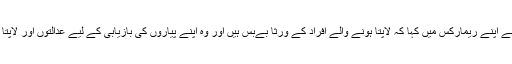
ا س موقع پر بینچ کے سربراہ جسٹس افضل خان نے اپنے ریمارکس میں کہا کہ لاپتا ہونے والے افراد کے ورثا بےبس ہیں اور وہ اپنے پیاروں کی بازیابی کے لیے عدالتوں اور لاپتا افراد سے متعلق کمیشن سے رجوع کر رہے ہیں۔